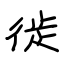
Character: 徙